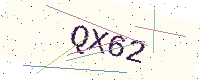
Text: QX62